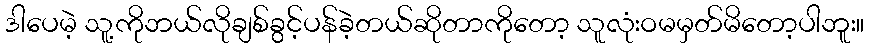
ဒါပေမဲ့ သူ့ကိုဘယ်လိုချစ်ခွင့်ပန်ခဲ့တယ်ဆိုတာကိုတော့ သူလုံးဝမမှတ်မိတော့ပါဘူး။